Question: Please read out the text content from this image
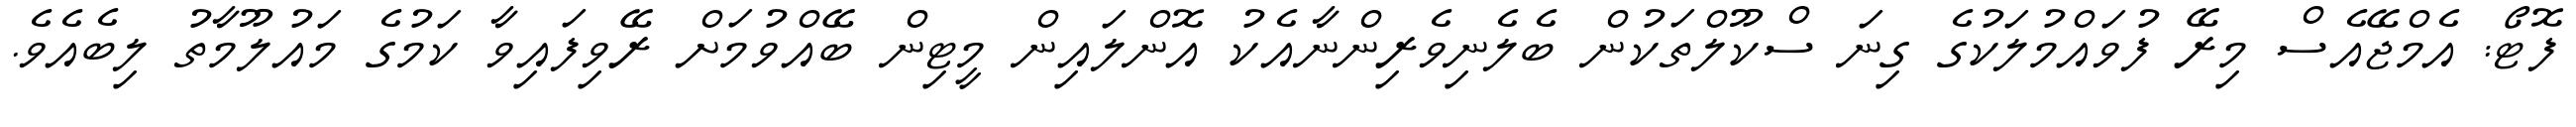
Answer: ފޮޓޯ: އެމްޖޭއެސް މިރޭ ފުވައްމުލަކުގެ ގިނަ ސްކޫލްތަކުން ބެލެނިވެރިންނާއެކު އޮންލައިން މީޓިން ބޭއްވުމަށް ރޭވިފައިވާ ކަމުގެ މައުލޫމާތު ލިބެއެވެ.